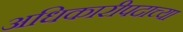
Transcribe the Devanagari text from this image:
अधिकारीपदाच्या